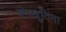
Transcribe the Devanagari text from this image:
वोज्वूदिना